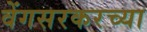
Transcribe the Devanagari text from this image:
वेंगसरकरच्या